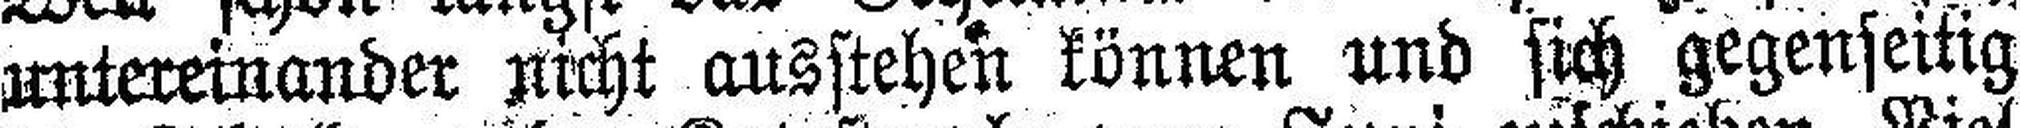
untereinander nicht ausstehen können und sich gegenseitig